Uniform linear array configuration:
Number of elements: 8
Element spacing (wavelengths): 0.25
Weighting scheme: blackman
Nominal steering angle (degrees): -60
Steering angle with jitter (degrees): -60.327
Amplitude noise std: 0.05
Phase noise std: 0.05

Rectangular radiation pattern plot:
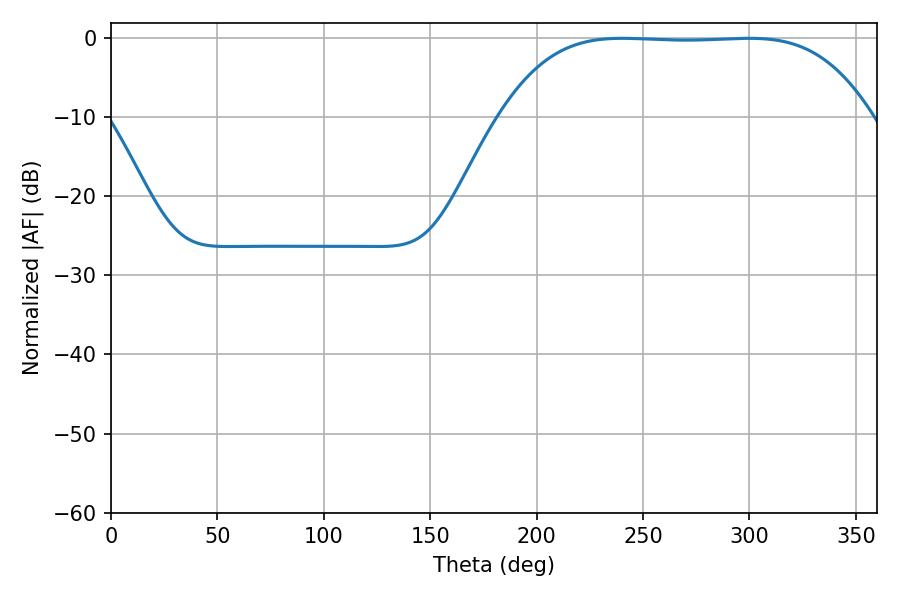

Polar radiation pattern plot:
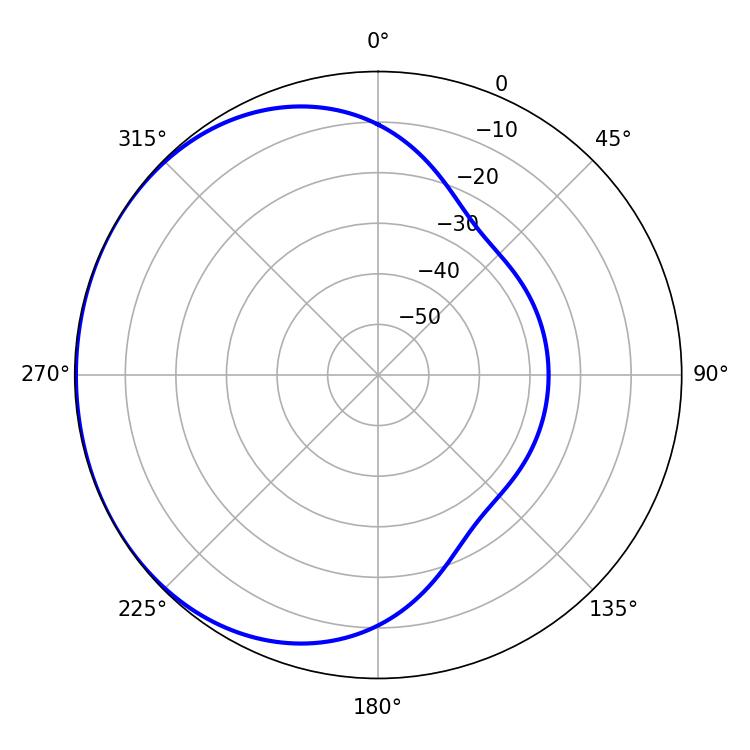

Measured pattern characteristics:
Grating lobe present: FALSE
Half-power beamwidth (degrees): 133.2
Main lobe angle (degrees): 240.3